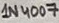
Text: 1N4007